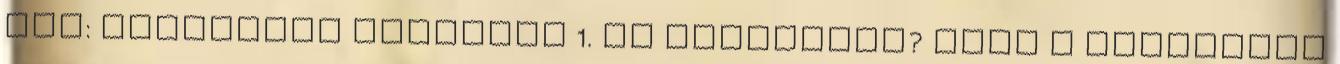
név: Pályázati felhivás 1. Ki pályázhat? Azok a hallgatók